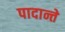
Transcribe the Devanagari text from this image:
पादान्ते